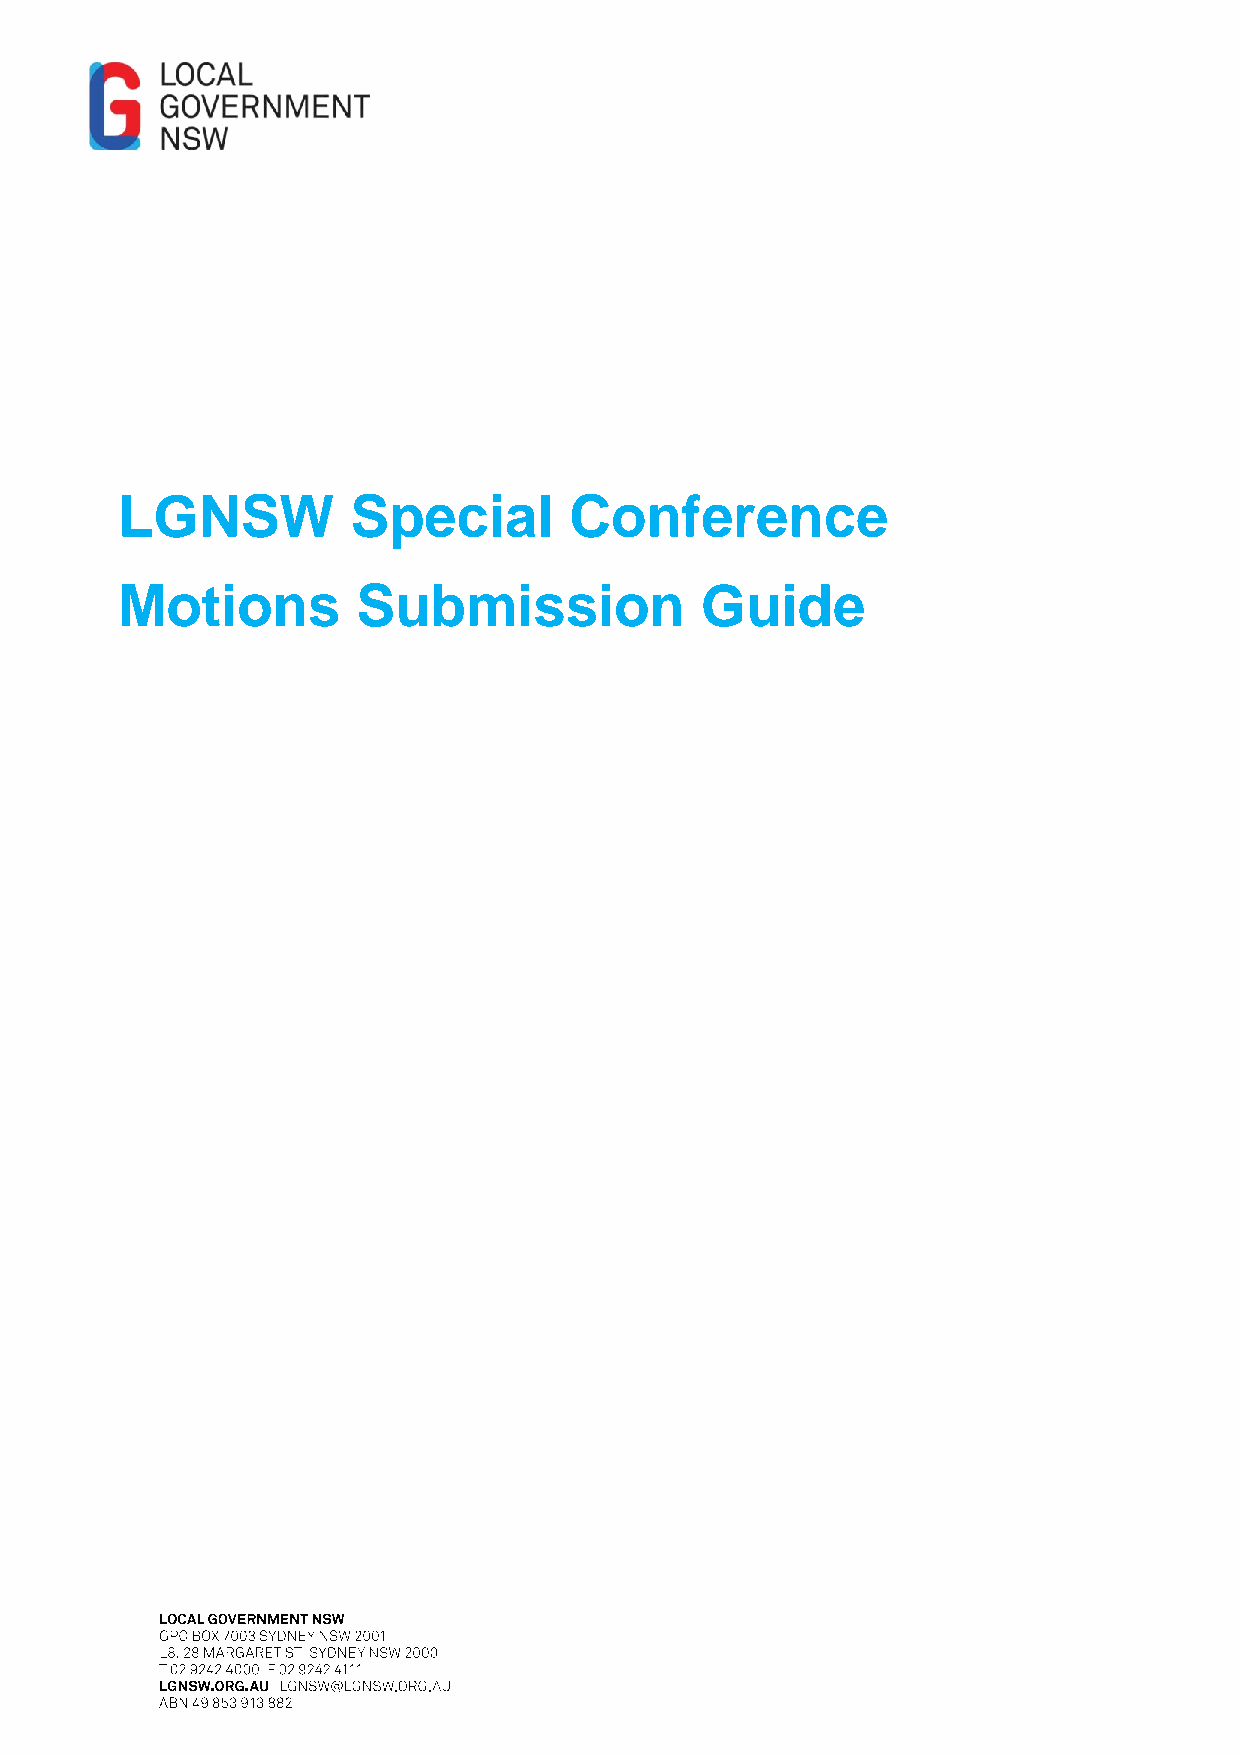
LGNSW          Special        Conference
 Motions         Submission            Guide